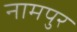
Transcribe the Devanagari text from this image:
नामपुर